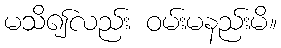
မသိ၍လည်း ဝမ်းမနည်းမိ။